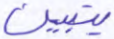
يتبين